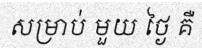
សម្រាប់ មួយ ថ្ងៃ គឺ